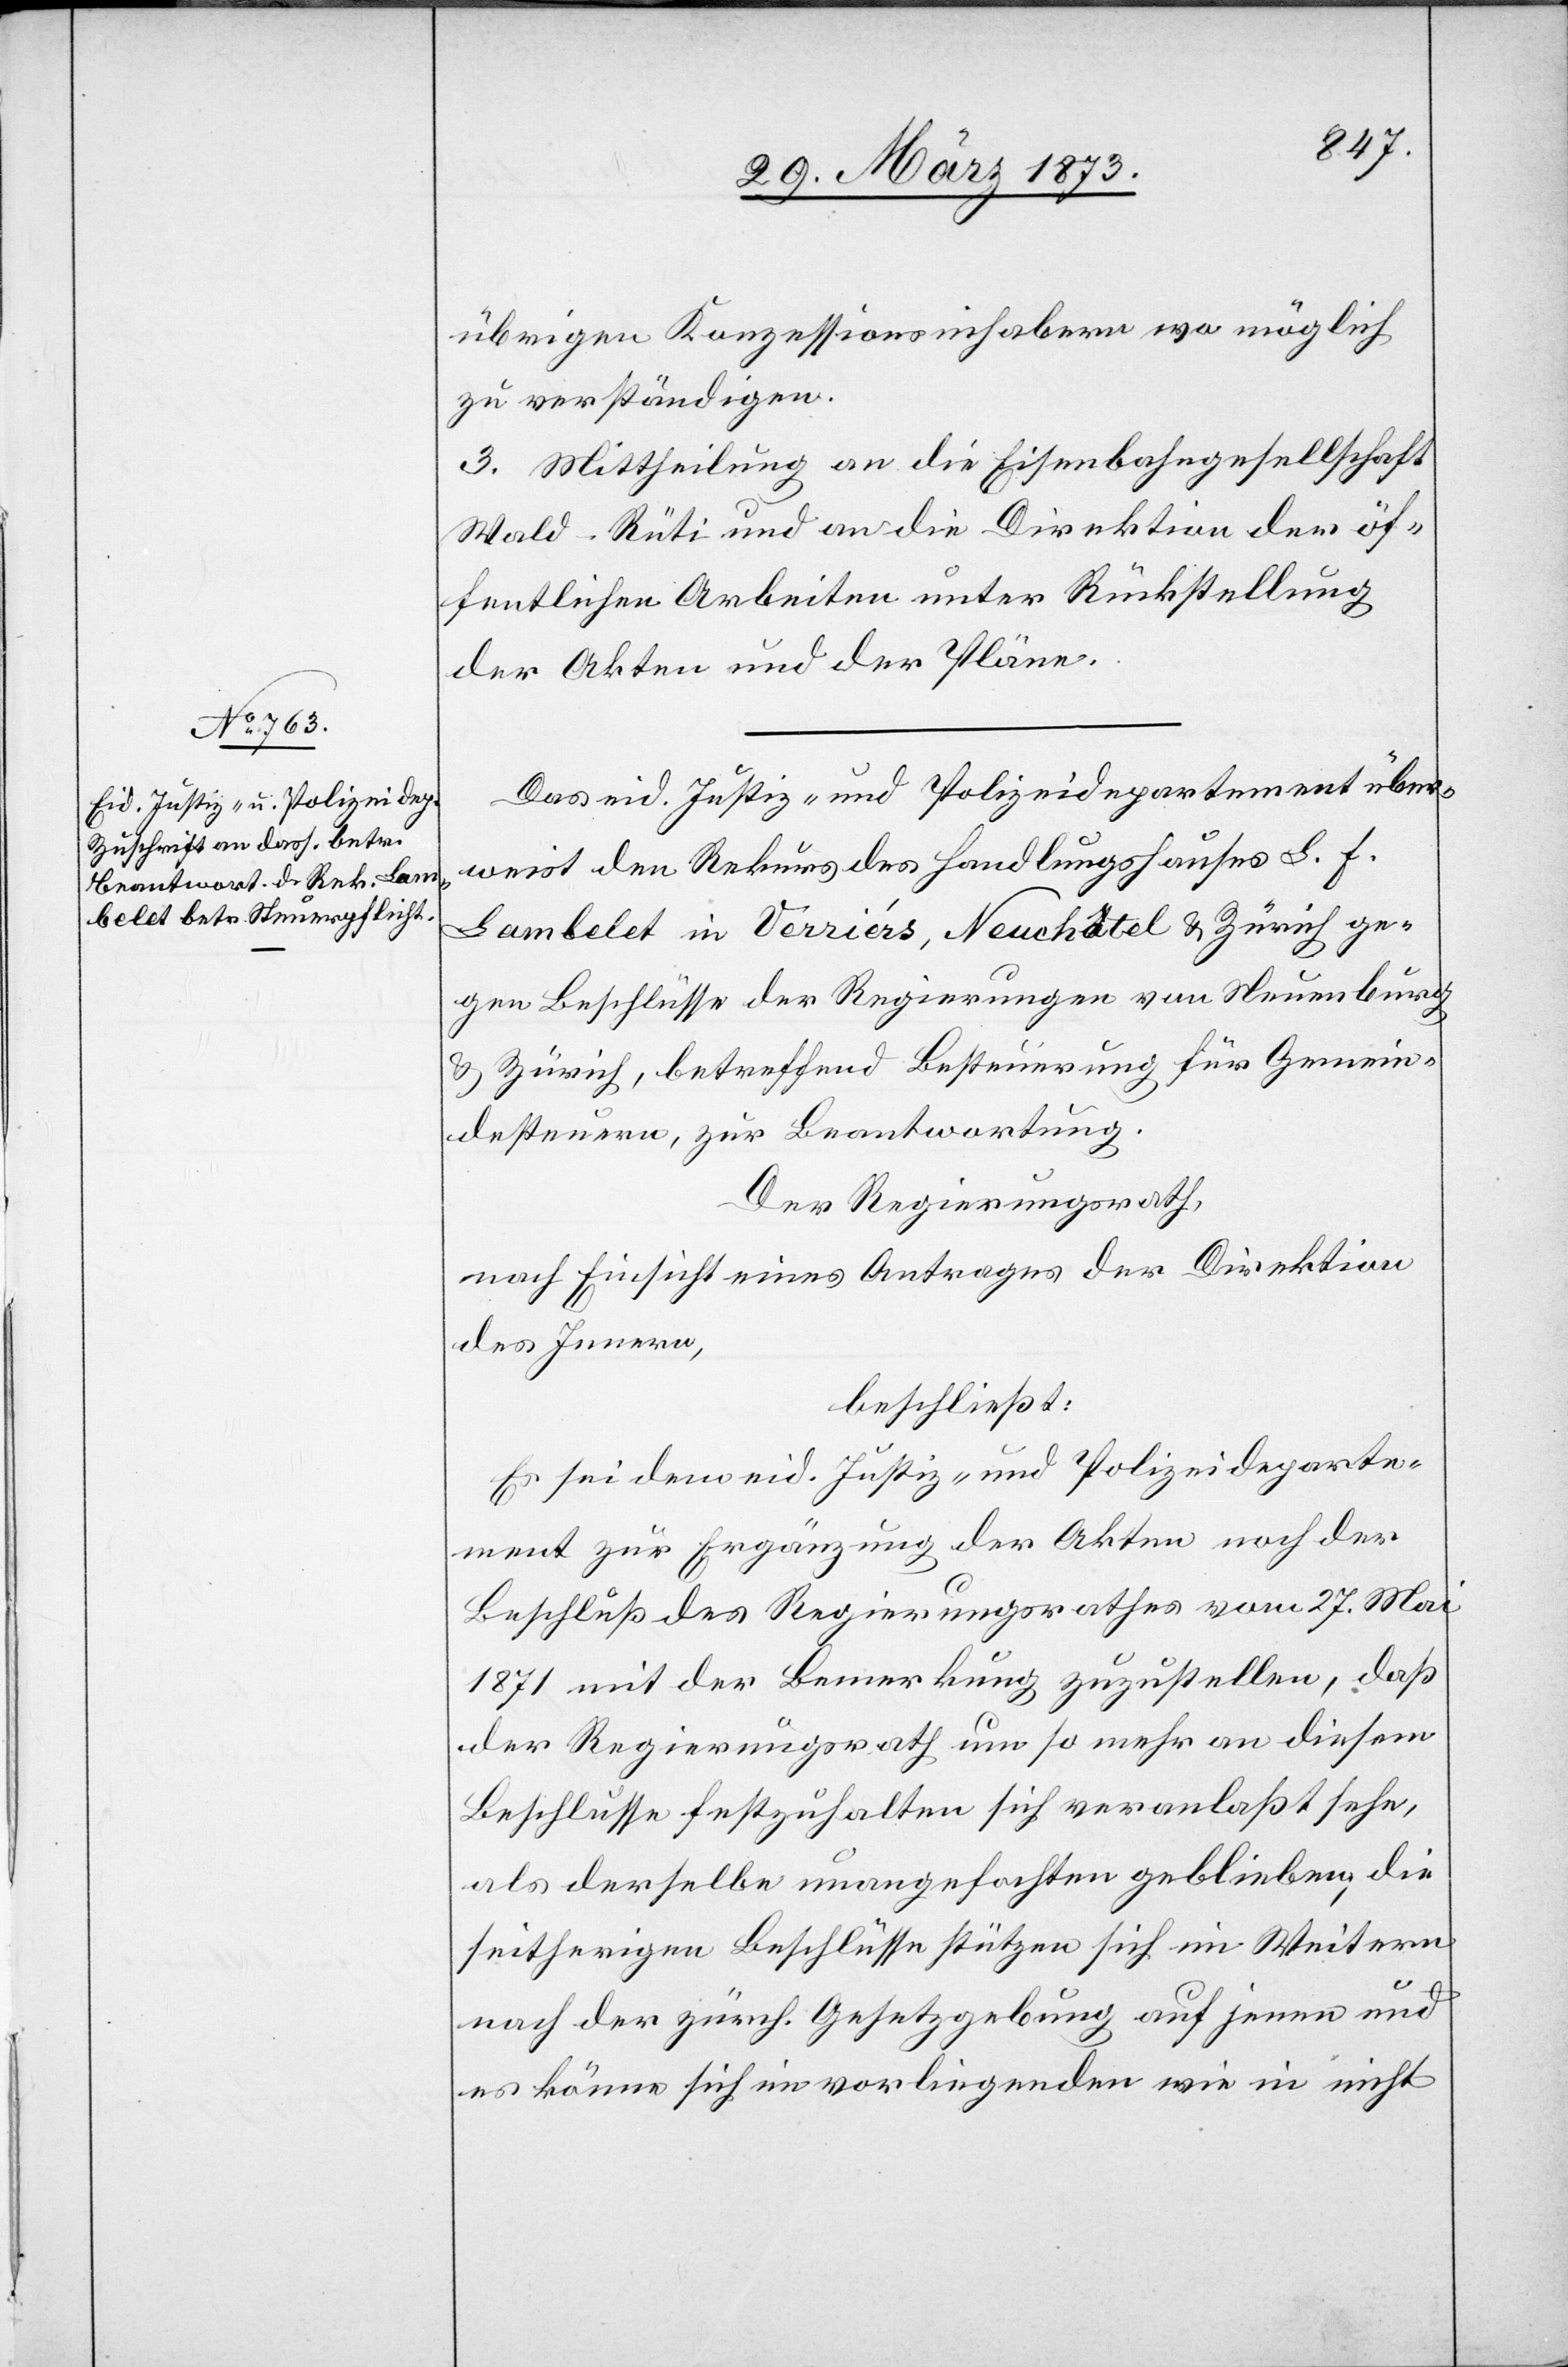
übrigen Konzessionsinhabern wo möglich
zu verständigen.
3. Mittheilung an die Eisenbahngesellschaft
Wald–Rüti und an die Direktion der öf¬
fentlichen Arbeiten unter Rückstellung
der Akten und der Pläne.
Das eid. Justiz- und Polizeidepartement über¬
weist den Rekurs des Handlungshauses L. F.
Lambelet in Verriér[e]s, Neuchâtel u. Zürich ge¬
gen Beschlüsse der Regierungen von Neuenburg
u. Zürich, betreffend Besteuerung für Gemein¬
desteuern, zur Beantwortung.
Der Regierungsrath,
nach Einsicht eines Antrages der Direktion
des Innern,
beschließt:
Es sei dem eid. Justiz- und Polizeideparte¬
ment zur Ergänzung der Akten noch der
Beschluß des Regierungsrathes vom 27. Mai
1871 mit der Bemerkung zuzustellen, daß
der Regierungsrath um so mehr an diesem
Beschlusse festzuhalten sich veranlaßt sehe,
als derselbe unangefochten geblieben, die
seitherigen Beschlüsse stützen sich im Weitern
nach der zürch. Gesetzgebung auf jenen und
es könne sich im vorliegenden wie in nicht